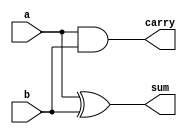
`timescale 1ns / 1ps
//////////////////////////////////////////////////////////////////////////////////
// Company: 
// Engineer: 
// 
// Design Name: 
// Module Name: half_adder
// Project Name: 
// Target Devices: 
// Tool Versions: 
// Description: 
// 
// Dependencies: 
// 
// Revision:
// Revision 0.01 - File Created
// Additional Comments:
// 
//////////////////////////////////////////////////////////////////////////////////


module half_adder(sum,carry,a,b);
    output sum, carry;
    input a,b;
    
    assign sum = a ^ b;
    assign carry = a & b;
endmodule